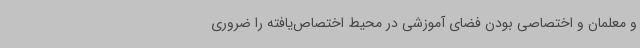
و معلمان و اختصاصی بودن فضای آموزشی در محیط اختصاص‌یافته را ضروری